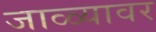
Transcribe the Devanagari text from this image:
जाळ्यावर